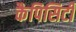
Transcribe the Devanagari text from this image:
कैपिसिटी